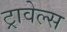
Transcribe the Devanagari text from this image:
ट्रावेल्स